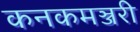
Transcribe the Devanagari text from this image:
कनकमञ्जरी